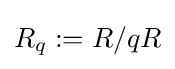
R_{q}:=R/qR